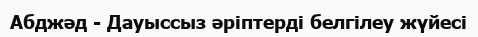
Абджәд - Дауыссыз әріптерді белгілеу жүйесі